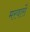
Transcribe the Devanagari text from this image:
मरवारों